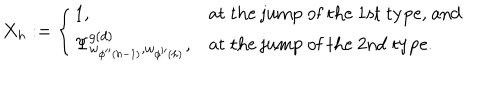
LaTeX: X _ { h } : = \left\{ \begin{array} { l l } { { 1 , } } & { { \mathrm { a t ~ t h e ~ j u m p ~ o f ~ t h e ~ 1 s t ~ t y p e , ~ a n d } } } \\ { { \Psi _ { w _ { \phi ^ { \prime \prime } ( h - 1 ) } , w _ { \phi ^ { \prime \prime } ( h ) } } ^ { g ( d ) } , } } & { { \mathrm { a t ~ t h e ~ j u m p ~ o f ~ t h e ~ 2 n d ~ t y p e . } } } \\ \end{array} \right.